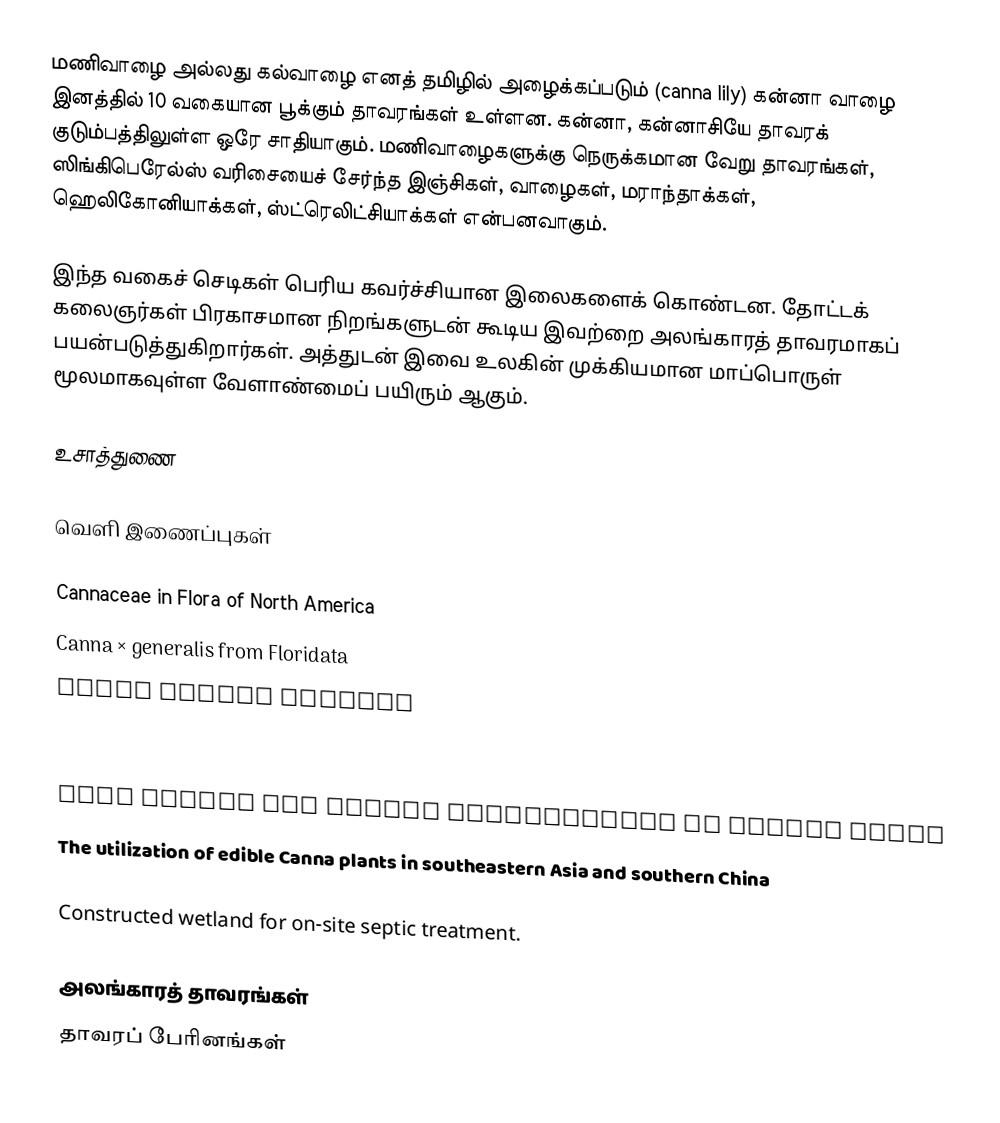
மணிவாழை அல்லது கல்வாழை எனத் தமிழில் அழைக்கப்படும் (canna lily) கன்னா வாழை இனத்தில் 10 வகையான பூக்கும் தாவரங்கள் உள்ளன. கன்னா, கன்னாசியே தாவரக் குடும்பத்திலுள்ள ஒரே சாதியாகும். மணிவாழைகளுக்கு நெருக்கமான வேறு தாவரங்கள், ஸிங்கிபெரேல்ஸ் வரிசையைச் சேர்ந்த இஞ்சிகள், வாழைகள், மராந்தாக்கள், ஹெலிகோனியாக்கள், ஸ்ட்ரெலிட்சியாக்கள் என்பனவாகும்.

இந்த வகைச் செடிகள் பெரிய கவர்ச்சியான இலைகளைக் கொண்டன. தோட்டக் கலைஞர்கள் பிரகாசமான நிறங்களுடன் கூடிய இவற்றை அலங்காரத் தாவரமாகப் பயன்படுத்துகிறார்கள். அத்துடன் இவை உலகின் முக்கியமான மாப்பொருள் மூலமாகவுள்ள வேளாண்மைப் பயிரும் ஆகும்.

உசாத்துணை

வெளி இணைப்புகள்

 Cannaceae in Flora of North America
 Canna × generalis from Floridata
 Canna indica hybrids
 Canna indica: Indian Shot
 Reappraisal of Edible Canna as a High-Value Starch Crop in Vietnam
 Crop Growth and Starch Productivity of Edible Canna
 The utilization of edible Canna plants in southeastern Asia and southern China

 Constructed wetland for on-site septic treatment.

அலங்காரத் தாவரங்கள்
தாவரப் பேரினங்கள்